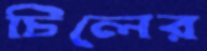
চিলের